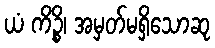
ယံ ကိဉ္စိ၊ အမှတ်မရှိသောဆု